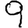
Digit: 9